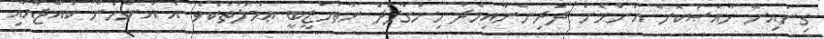
ގިނައިން ޚާއްޞަކޮށް އަންހެން ދަރިންނާއިމެދު ހިންގާފަދަ ނާތަހުޒީބީ ޢަމަލުތަކެވެ. އެ އަންހެން ކުއްޖާއާއި